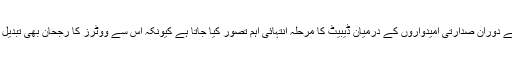
تجزیہ کاروں کا کہنا ہے کہ تاریخ گواہ ہے کہ امریکی انتخابی مہم کے دوران صدارتی امیدواروں کے درمیان ڈیبیٹ کا مرحلہ انتہائی اہم تصور کیا جاتا ہے کیونکہ اس سے ووٹرز کا رجحان بھی تبدیل ہوسکتا ہے، جس سے صدارتی انتخابات کے نتائج پر اثر پڑسکتا ہے۔